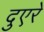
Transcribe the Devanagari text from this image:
दुएरे